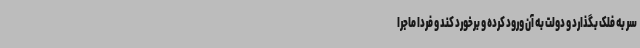
سر به فلک بگذارد و دولت به آن ورود کرده و برخورد کند و فردا ماجرا